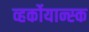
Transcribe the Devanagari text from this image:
व्हर्कोयान्स्क